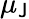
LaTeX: \mu_{\mathsf{J}}